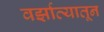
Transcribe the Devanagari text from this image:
वर्झाव्यातून